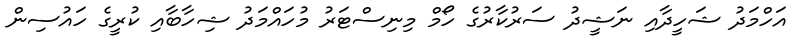
އަހްމަދު ޝަހީދާއި ނަޝީދު ސަރުކާރުގެ ހޯމް މިނިސްޓަރު މުހައްމަދު ޝިހާބާއި ކުރީގެ ހައުސިން